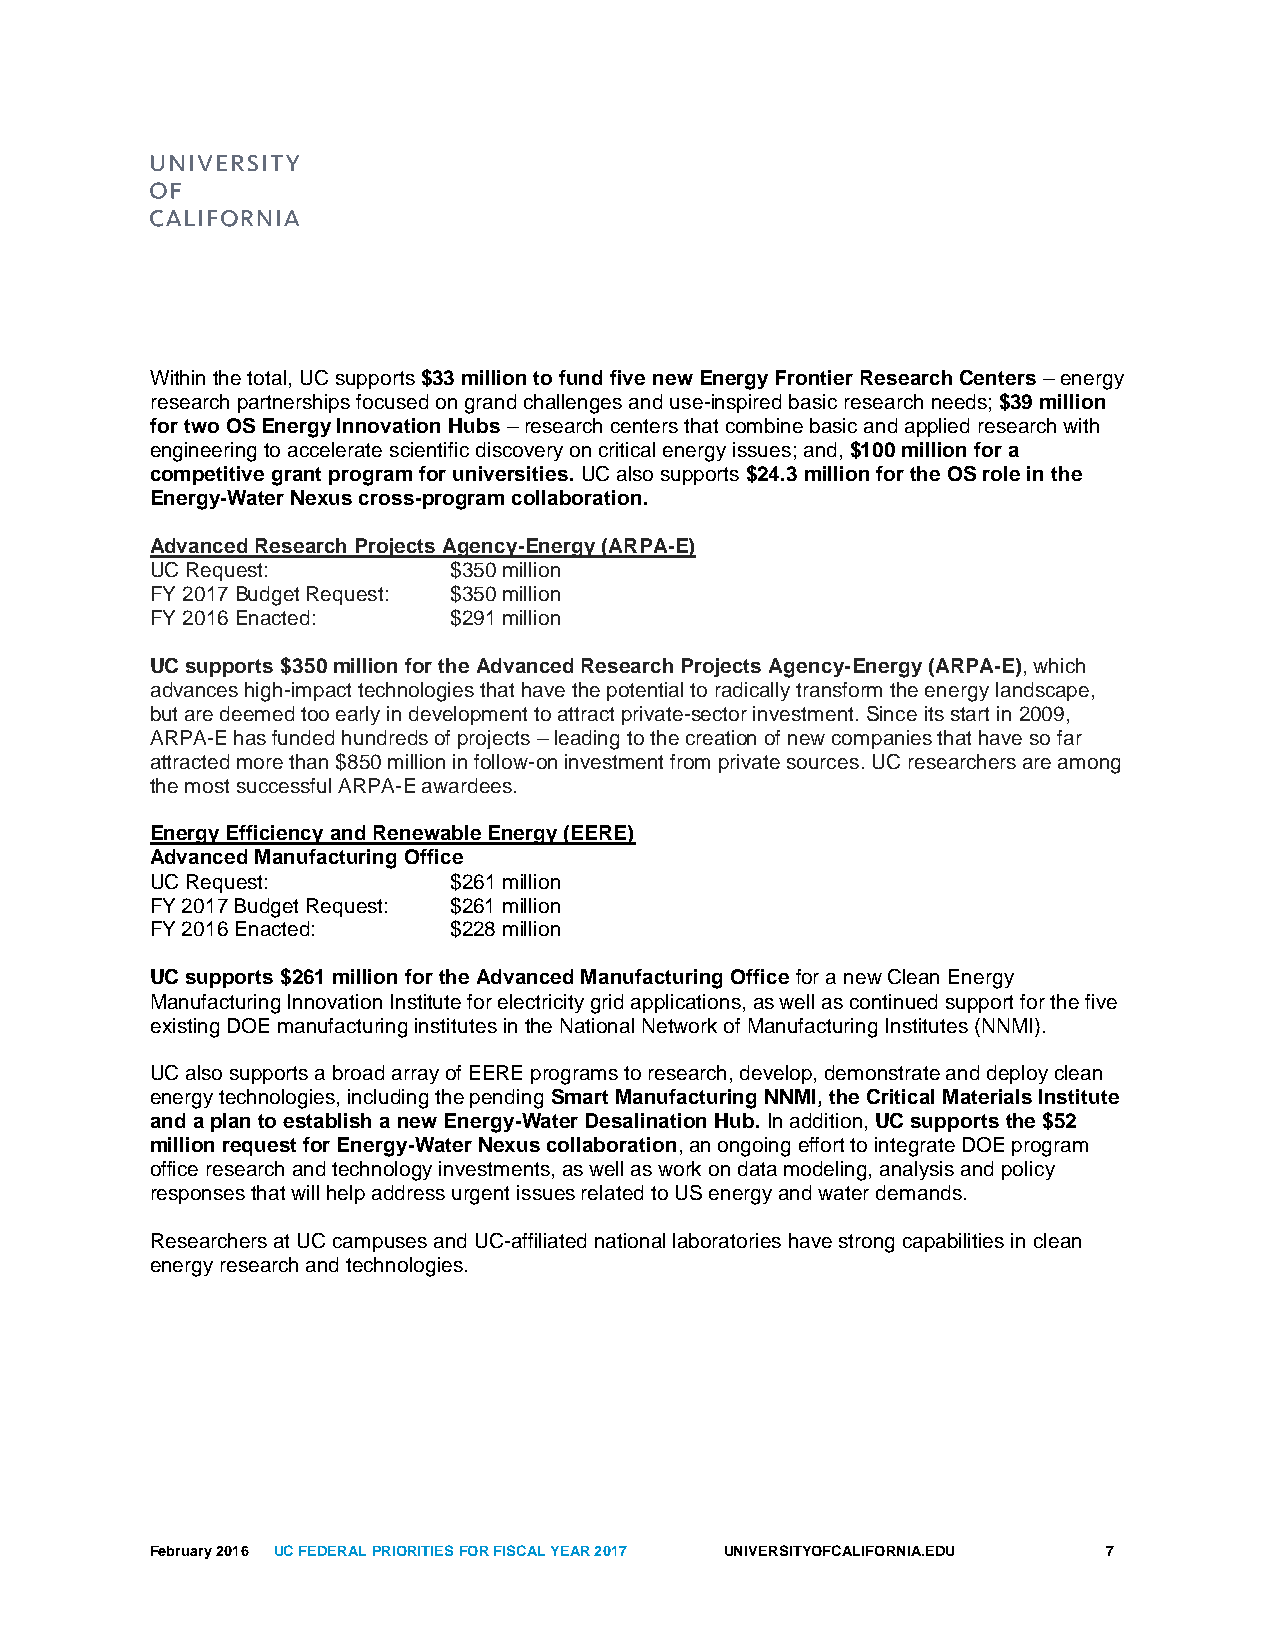
Within the total, UC supports $33 million to fund five new Energy Frontier Research Centers – energy
 research partnerships focused on grand challenges and use-inspired basic research needs; $39 million
 for two OS Energy Innovation Hubs – research centers that combine basic and applied research with
 engineering to accelerate scientific discovery on critical energy issues; and, $100 million for a
 competitive grant program for universities. UC also supports $24.3 million for the OS role in the
 Energy-Water Nexus cross-program collaboration.
 Advanced Research Projects Agency-Energy (ARPA-E)
 UC Request:         $350 million
 FY 2017 Budget Request: $350 million
 FY 2016 Enacted:    $291 million
 UC supports $350 million for the Advanced Research Projects Agency-Energy (ARPA-E), which
 advances high-impact technologies that have the potential to radically transform the energy landscape,
 but are deemed too early in development to attract private-sector investment. Since its start in 2009,
 ARPA-E has funded hundreds of projects – leading to the creation of new companies that have so far
 attracted more than $850 million in follow-on investment from private sources. UC researchers are among
 the most successful ARPA-E awardees.
 Energy Efficiency and Renewable Energy (EERE)
 Advanced Manufacturing Office
 UC Request:         $261 million
 FY 2017 Budget Request: $261 million
 FY 2016 Enacted:    $228 million
 UC supports $261 million for the Advanced Manufacturing Office for a new Clean Energy
 Manufacturing Innovation Institute for electricity grid applications, as well as continued support for the five
 existing DOE manufacturing institutes in the National Network of Manufacturing Institutes (NNMI).
 UC also supports a broad array of EERE programs to research, develop, demonstrate and deploy clean
 energy technologies, including the pending Smart Manufacturing NNMI, the Critical Materials Institute
 and a plan to establish a new Energy-Water Desalination Hub. In addition, UC supports the $52
 million request for Energy-Water Nexus collaboration, an ongoing effort to integrate DOE program
 office research and technology investments, as well as work on data modeling, analysis and policy
 responses that will help address urgent issues related to US energy and water demands.
 Researchers at UC campuses and UC-affiliated national laboratories have strong capabilities in clean
 energy research and technologies.
 February 2016 UC FEDERAL PRIORITIES FOR FISCAL YEAR 2017 UNIVERSITYOFCALIFORNIA.EDU 7